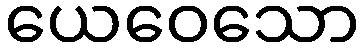
ယေဝေသော